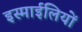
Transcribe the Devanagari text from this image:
इस्माईलियों